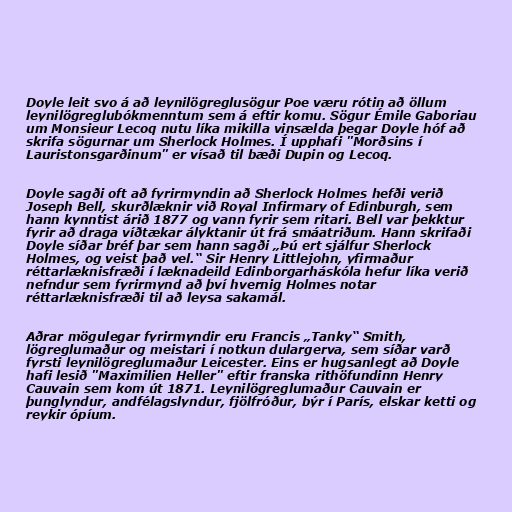
Doyle leit svo á að leynilögreglusögur Poe væru rótin að öllum
leynilögreglubókmenntum sem á eftir komu. Sögur Émile Gaboriau
um Monsieur Lecoq nutu líka mikilla vinsælda þegar Doyle hóf að
skrifa sögurnar um Sherlock Holmes. Í upphafi "Morðsins í
Lauristonsgarðinum" er vísað til bæði Dupin og Lecoq.

Doyle sagði oft að fyrirmyndin að Sherlock Holmes hefði verið
Joseph Bell, skurðlæknir við Royal Infirmary of Edinburgh, sem
hann kynntist árið 1877 og vann fyrir sem ritari. Bell var þekktur
fyrir að draga víðtækar ályktanir út frá smáatriðum. Hann skrifaði
Doyle síðar bréf þar sem hann sagði „Þú ert sjálfur Sherlock
Holmes, og veist það vel.“ Sir Henry Littlejohn, yfirmaður
réttarlæknisfræði í læknadeild Edinborgarháskóla hefur líka verið
nefndur sem fyrirmynd að því hvernig Holmes notar
réttarlæknisfræði til að leysa sakamál.

Aðrar mögulegar fyrirmyndir eru Francis „Tanky“ Smith,
lögreglumaður og meistari í notkun dulargerva, sem síðar varð
fyrsti leynilögreglumaður Leicester. Eins er hugsanlegt að Doyle
hafi lesið "Maximilien Heller" eftir franska rithöfundinn Henry
Cauvain sem kom út 1871. Leynilögreglumaður Cauvain er
þunglyndur, andfélagslyndur, fjölfróður, býr í París, elskar ketti og
reykir ópíum.